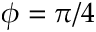
\phi = \pi / 4